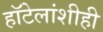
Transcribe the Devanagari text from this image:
हॉटेलांशीही